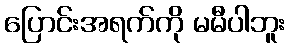
ပြောင်းအရက်ကို မမီပါဘူး